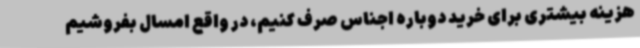
هزینه بیشتری برای خرید دوباره اجناس صرف کنیم، در واقع امسال بفروشیم